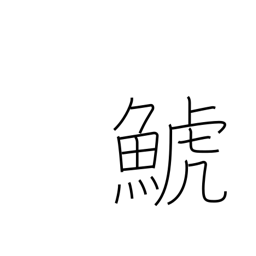
Meaning: killer whale